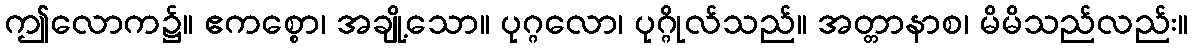
ဤလောက၌။ ဧကစ္စော၊ အချို့သော။ ပုဂ္ဂလော၊ ပုဂ္ဂိုလ်သည်။ အတ္တာနာစ၊ မိမိသည်လည်း။